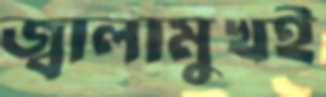
জ্বালামুখই